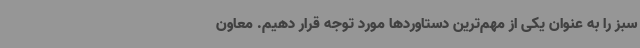
سبز را به عنوان یکی از مهم‌ترین دستاوردها مورد توجه قرار دهیم. معاون